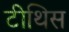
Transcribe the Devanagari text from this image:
टीथिस